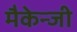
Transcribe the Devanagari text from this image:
मैकेन्जी